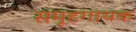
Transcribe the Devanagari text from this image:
समूहगायक